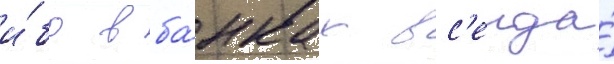
и́бо в ба́нках вс'егда́